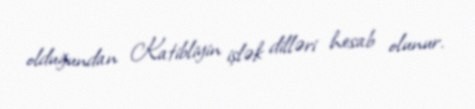
olduğundan Katibliyin işlək dilləri hesab olunur.